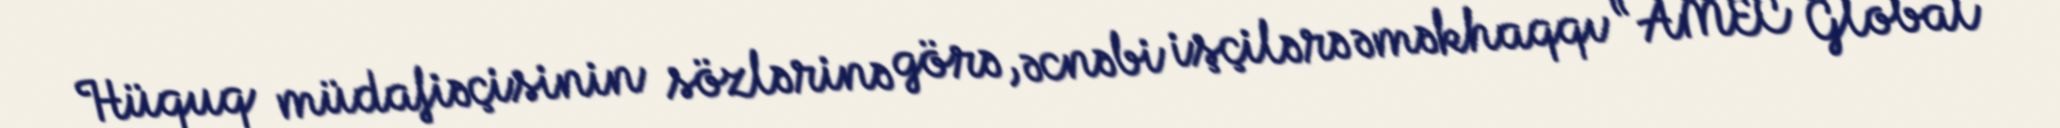
Hüquq müdafiəçisinin sözlərinə görə, əcnəbi işçilərə əməkhaqqı “AMEC Global